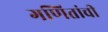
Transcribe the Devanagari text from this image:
गणितांची